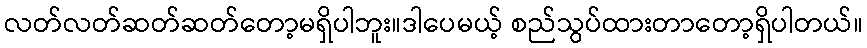
လတ်လတ်ဆတ်ဆတ်တော့မရှိပါဘူး။ဒါပေမယ့် စည်သွပ်ထားတာတော့ရှိပါတယ်။